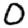
Digit: 0